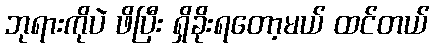
ဘုရားကိုပဲ ဖိပြီး ရှိခိုးရတော့မယ် ထင်တယ်